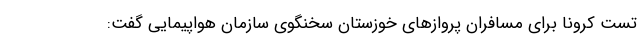
تست کرونا برای مسافران پروازهای خوزستان سخنگوی سازمان هواپیمایی گفت: